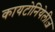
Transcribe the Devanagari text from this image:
कायटोनियेलीज़